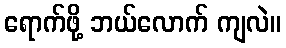
ရောက်ဖို့ ဘယ်လောက် ကျလဲ။